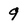
Character: 9